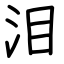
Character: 泪